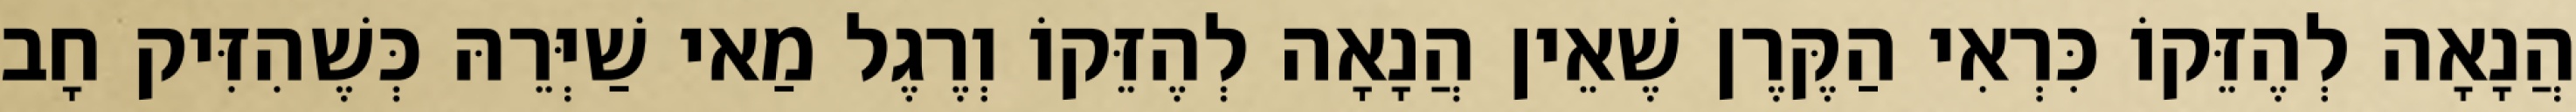
הֲנָאָה לְהֶזֵּקוֹ כִּרְאִי הַקֶּרֶן שֶׁאֵין הֲנָאָה לְהֶזֵּקוֹ וְרֶגֶל מַאי שַׁיְּרֵהּ כְּשֶׁהִזִּיק חָב